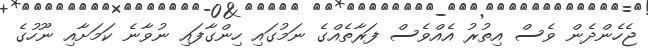
ޖެހެންދެން ވެސް އިތުރު އެއްވެސް ފަރާތެއްގެ ނަމުގައި ހިންގާފައި ނުވާނެ ކަމަށާއި ނޫހުގެ